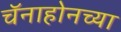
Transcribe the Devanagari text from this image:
चॅनाहोनच्या